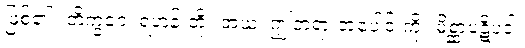
ဖြစ်၏။ ဘိက္ခဝေ၊ ရဟန်းတို့။ အယံ၊ ဤတရားအပေါင်းကို။ မိစ္ဆာပဋိပဒါ၊